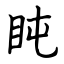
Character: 盹